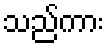
သည်ကား